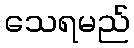
သေရမည်